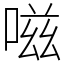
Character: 嗞